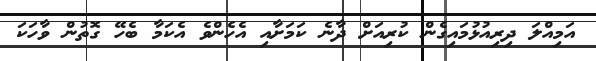
އަމިއްލަ ދިރިއުޅުމައިގެން ކުރިއަށް ދާނެ ކަމަށާއި އެހެންވެ އެކަމާ ބެހޭ ގޮތުން ވާހަކަ